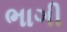
ભાગી